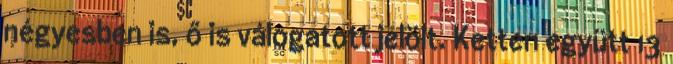
négyesben is, ő is válogatott jelölt. Ketten együtt 13